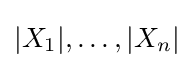
|X_{1}|,\dots ,|X_{n}|